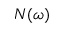
N ( \omega )